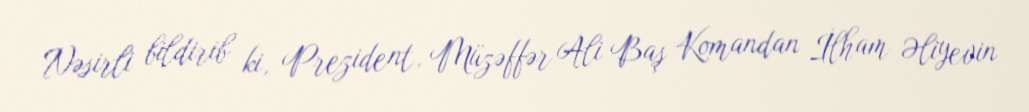
Nəsirli bildirib ki, Prezident, Müzəffər Ali Baş Komandan İlham Əliyevin